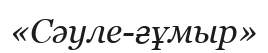
«Сәуле-ғұмыр»